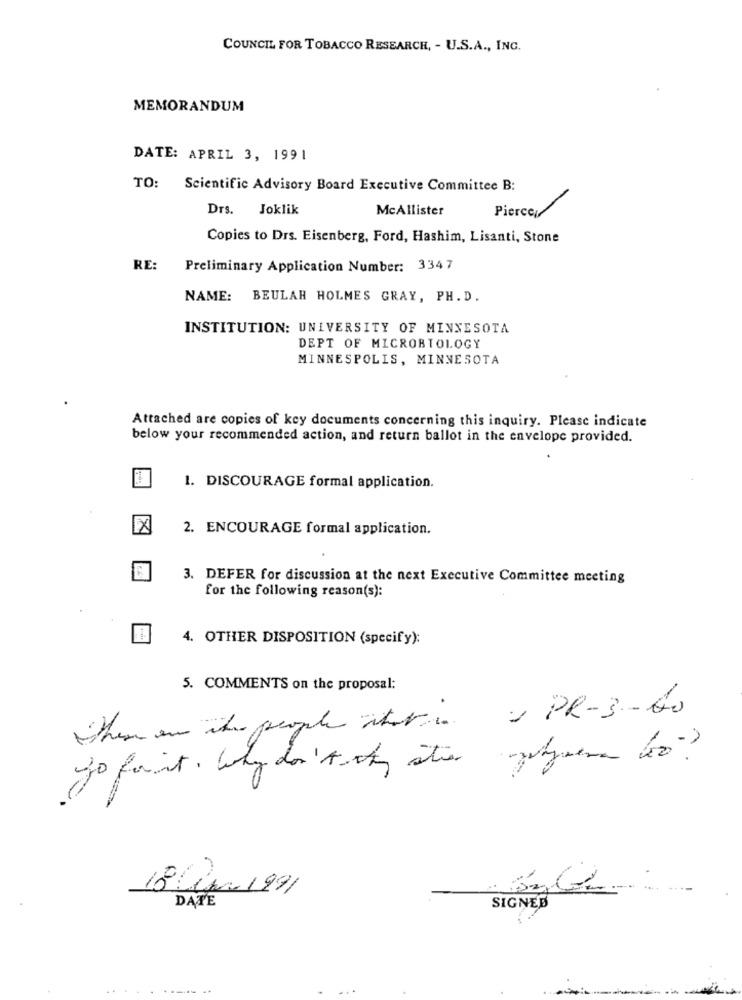
COUNCIL FOR TOBACCO RESEARCH, - U.S.A ., INC.
MEMORANDUM
DATE: APRIL 3, 1991
TO: Scientific Advisory Board Executive Committee B:
Drs. Joklik
McAllister
Piercey
Copies to Drs. Eisenberg, Ford, Hashim, Lisanti, Stone
RE:
Preliminary Application Number: 3347
NAME: BEULAH HOLMES GRAY, PH. D.
INSTITUTION: UNIVERSITY OF MINNESOTA
DEPT OF MICROBIOLOGY
MINNESPOLIS, MINNESOTA
Attached are copies of key documents concerning this inquiry. Please indicate
below your recommended action, and return ballot in the envelope provided.
1. DISCOURAGE formal application.
X
2. ENCOURAGE formal application.
3. DEFER for discussion at the next Executive Committee meeting
for the following reason(s):
4. OTHER DISPOSITION (specify):
5. COMMENTS on the proposal:
- PR-3-60
These are the people whatis
to paint. Why don't hy ster polymere to?
18in 1991
DATE
SIGNED